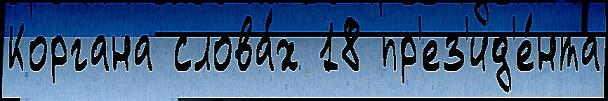
Коргана слова́х 18 пр'ез'ид'е́нта